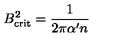
B _ { \mathrm { c r i t } } ^ { 2 } = \frac { 1 } { 2 \pi \alpha ^ { \prime } n }